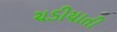
ચડીયાતી